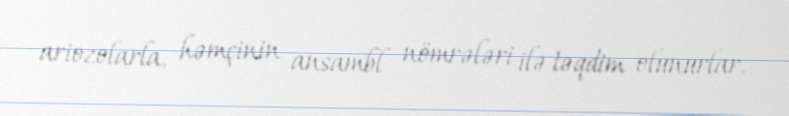
ariozolarla, həmçinin ansambl nömrələri ilə təqdim olunurlar.